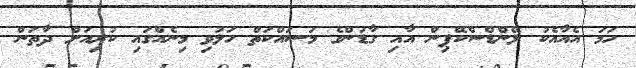
ހަމަ އެއާއެކު ލޭންޑްސްކޭޕިން އާއި ގާޑަންގެ މަސައްކަތް ހަލުވި މިނެއްގައި ކުރިއަށް ދާތަން